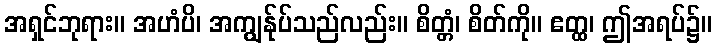
အရှင်ဘုရား။ အဟံပိ၊ အကျွန်ုပ်သည်လည်း။ စိတ္တံ၊ စိတ်ကို။ ဧတ္ထ၊ ဤအရပ်၌။